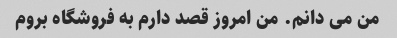
من می دانم. من امروز قصد دارم به فروشگاه بروم